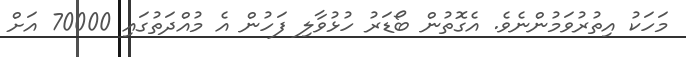
މަހަކު އިތުރުވަމުންނެވެ. އެގޮތުން ބޯޑަރު ހުޅުވާލި ފަހުން އެ މުއްދަތުގައި 70000 އަށް